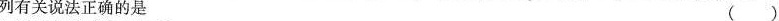
列有关说法正确的是 ()